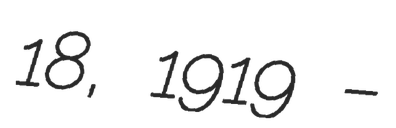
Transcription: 18, 1919 –